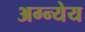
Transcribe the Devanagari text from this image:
अग्न्येय